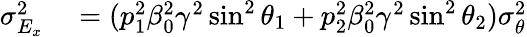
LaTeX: \begin{array}{rl}{\sigma_{E_{x}}^{2}}&{{}=(p_{1}^{2}\beta_{0}^{2}\gamma^{2}\sin^{2}\theta_{1}+p_{2}^{2}\beta_{0}^{2}\gamma^{2}\sin^{2}\theta_{2})\sigma_{\theta}^{2}}\end{array}